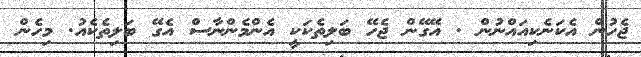
ޖެހުން އެކަނެކިއައްނުން . އޭގޭން ޖެހޭ ބަލިތެކަކީ އެންމެންނާސް އެގޭ ބަލިތެކެއު. މިހެން